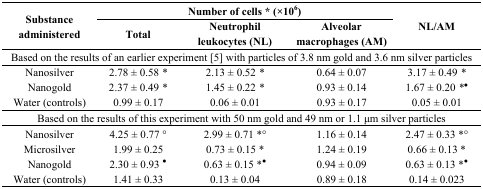
<table><thead><tr><td rowspan="3"><b>Substance administered</b></td><td colspan="3"><b>Number of cells * (×10<sup>6</sup>)</b></td><td rowspan="3"><b>NL/AM</b></td></tr><tr><td><b>Total</b></td><td><b>Neutrophil leukocytes (NL)</b></td><td><b>Alveolar macrophages (AM)</b></td></tr></thead><tbody><tr><td colspan="5">Based on the results of an earlier experiment [5] with particles of 3.8 nm gold and 3.6 nm silver particles</td></tr><tr><td>Nanosilver</td><td>2.78 ± 0.58 *</td><td>2.13 ± 0.52 *</td><td>0.64 ± 0.07</td><td>3.17 ± 0.49 *</td></tr><tr><td>Nanogold</td><td>2.37 ± 0.49 *</td><td>1.45 ± 0.22 *</td><td>0.93 ± 0.14</td><td>1.67 ± 0.20 *•</td></tr><tr><td>Water (controls)</td><td>0.99 ± 0.17</td><td>0.06 ± 0.01</td><td>0.93 ± 0.17</td><td>0.05 ± 0.01</td></tr><tr><td colspan="5">Based on the results of this experiment with 50 nm gold and 49 nm or 1.1 μm silver particles</td></tr><tr><td>Nanosilver</td><td>4.25 ± 0.77 ∘</td><td>2.99 ± 0.71 *∘</td><td>1.16 ± 0.14</td><td>2.47 ± 0.33 *∘</td></tr><tr><td>Microsilver</td><td>1.99 ± 0.25</td><td>0.73 ± 0.15 *</td><td>1.24 ± 0.19</td><td>0.66 ± 0.13 *</td></tr><tr><td>Nanogold</td><td>2.30 ± 0.93 •</td><td>0.63 ± 0.15 *•</td><td>0.94 ± 0.09</td><td>0.63 ± 0.13 *•</td></tr><tr><td>Water (controls)</td><td>1.41 ± 0.33</td><td>0.13 ± 0.04</td><td>0.89 ± 0.18</td><td>0.14 ± 0.023</td></tr></tbody></table>